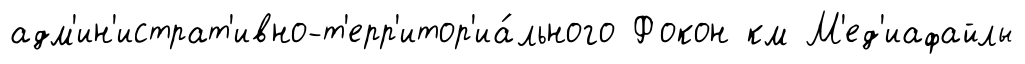
адм'ин'истрат'ивно-т'ерр'итор'иа́льного Фокон км М'ед'иафайлы